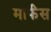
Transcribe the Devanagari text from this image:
मार्फंस